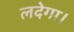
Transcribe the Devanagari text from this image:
लदेगा।